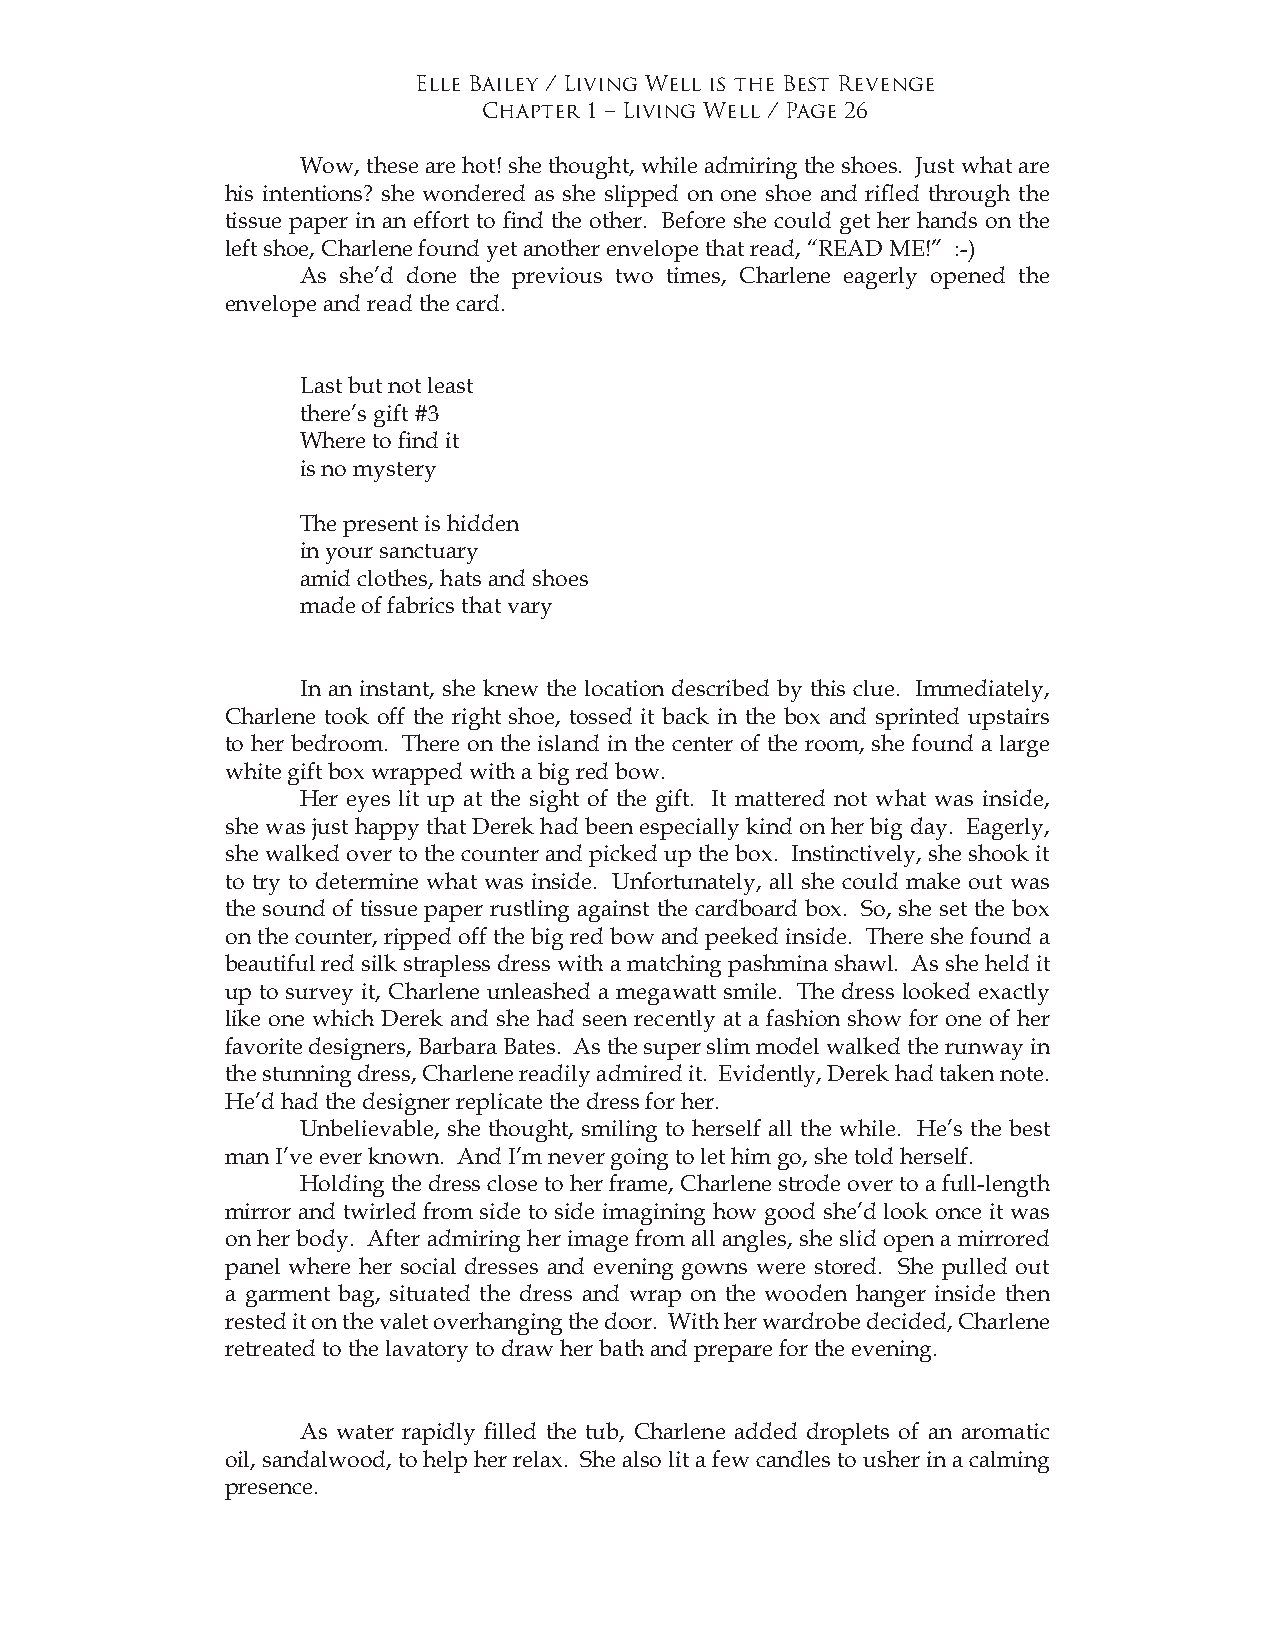
Elle Bailey / Living Well is the Best Revenge
 Chapter 1 – Living Well / Page 26
 Wow, these are hot! she thought, while admiring the shoes. Just what are
 his intentions? she wondered as she slipped on one shoe and rifled through the
 tissue paper in an effort to find the other. Before she could get her hands on the
 left shoe, Charlene found yet another envelope that read, “READ ME!” :-)
 As she’d done the previous two times, Charlene eagerly opened the
 envelope and read the card.
 Last but not least
 there’s gift #3
 Where to find it
 is no mystery
 The present is hidden
 in your sanctuary
 amid clothes, hats and shoes
 made of fabrics that vary
 In an instant, she knew the location described by this clue. Immediately,
 Charlene took off the right shoe, tossed it back in the box and sprinted upstairs
 to her bedroom. There on the island in the center of the room, she found a large
 white gift box wrapped with a big red bow.
 Her eyes lit up at the sight of the gift. It mattered not what was inside,
 she was just happy that Derek had been especially kind on her big day. Eagerly,
 she walked over to the counter and picked up the box. Instinctively, she shook it
 to try to determine what was inside. Unfortunately, all she could make out was
 the sound of tissue paper rustling against the cardboard box. So, she set the box
 on the counter, ripped off the big red bow and peeked inside. There she found a
 beautiful red silk strapless dress with a matching pashmina shawl. As she held it
 up to survey it, Charlene unleashed a megawatt smile. The dress looked exactly
 like one which Derek and she had seen recently at a fashion show for one of her
 favorite designers, Barbara Bates. As the super slim model walked the runway in
 the stunning dress, Charlene readily admired it. Evidently, Derek had taken note.
 He’d had the designer replicate the dress for her.
 Unbelievable, she thought, smiling to herself all the while. He’s the best
 man I’ve ever known. And I’m never going to let him go, she told herself.
 Holding the dress close to her frame, Charlene strode over to a full-length
 mirror and twirled from side to side imagining how good she’d look once it was
 on her body. After admiring her image from all angles, she slid open a mirrored
 panel where her social dresses and evening gowns were stored. She pulled out
 a garment bag, situated the dress and wrap on the wooden hanger inside then
 rested it on the valet overhanging the door. With her wardrobe decided, Charlene
 retreated to the lavatory to draw her bath and prepare for the evening.
 As water rapidly filled the tub, Charlene added droplets of an aromatic
 oil, sandalwood, to help her relax. She also lit a few candles to usher in a calming
 presence.